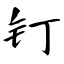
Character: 钉